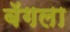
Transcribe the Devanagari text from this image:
बॅगला